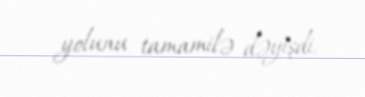
yolunu tamamilə dəyişdi.